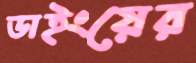
ডাইংয়ের